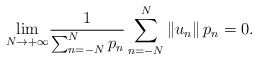
\begin{align*}\underset{N\rightarrow+\infty}{\lim}\frac{1}{\sum_{n=-N}^{N}p_n}\sum_{n=-N}^{N} \left\Vert u_n\right\Vert p_n =0 .\end{align*}